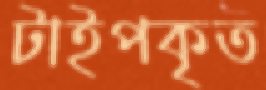
টাইপকৃত